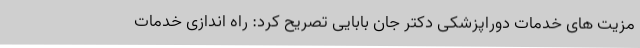
مزیت های خدمات دوراپزشکی دکتر جان بابایی تصریح کرد: راه اندازی خدمات